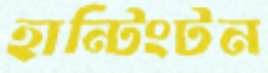
হান্টিংটন